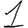
Digit: 1